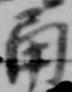
角